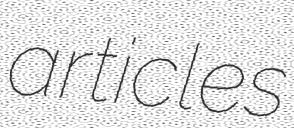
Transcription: articles